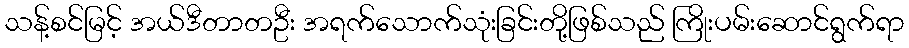
သန့်စင်မြင့် အယ်ဒီတာတဦး အရက်သောက်သုံးခြင်းတို့ဖြစ်သည် ကြိုးပမ်းဆောင်ရွက်ရာ